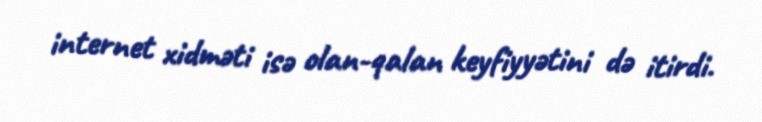
internet xidməti isə olan-qalan keyfiyyətini də itirdi.